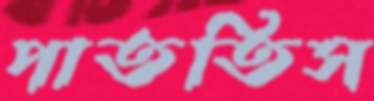
পাততিস